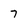
Character: 7